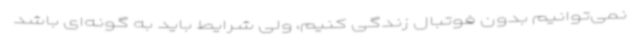
نمی‌توانیم بدون فوتبال زندگی کنیم، ولی شرایط باید به گونه‌ای باشد